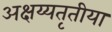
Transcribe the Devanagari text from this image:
अक्षय्यतृतीया